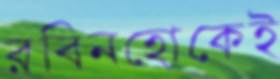
রবিনহোকেই